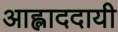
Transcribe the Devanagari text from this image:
आह्लाददायी